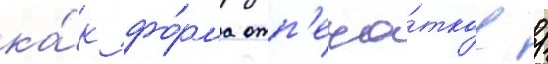
ка́к фо́рма отп'еча́тков /